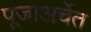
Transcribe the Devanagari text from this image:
पूजाअर्चेत